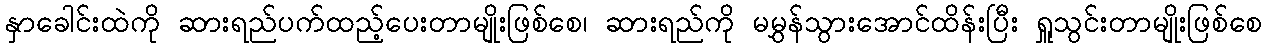
နှာခေါင်းထဲကို ဆားရည်ပက်ထည့်ပေးတာမျိုးဖြစ်စေ၊ ဆားရည်ကို မမွှန်သွားအောင်ထိန်းပြီး ရှူသွင်းတာမျိုးဖြစ်စေ